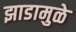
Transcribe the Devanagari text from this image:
झाडामुळे